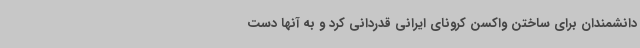
دانشمندان برای ساختن واکسن کرونای ایرانی قدردانی کرد و به آنها دست